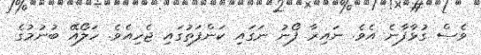
ވެސް ގުޅާފާނެ އެވެ. ނައިރާ ފޯނު ނަގައި ކަންފަތުގައި ޖެހިއެވެ. ހަލޯއޭ ބުނުމުގެ